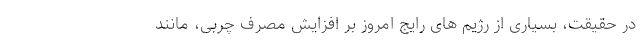
در حقیقت، بسیاری از رژیم های رایج امروز بر افزایش مصرف چربی، مانند